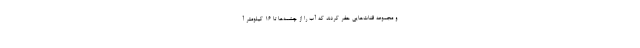
و مجموعه ‌قنات‌هایی حفر کردند که آب را از چشمه‌ها تا ۱۶ کیلومتر آ